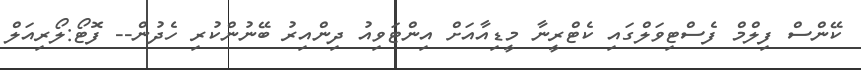
ކޭންސް ފިލްމް ފެސްޓިވަލްގައި ކެޓްރީނާ މީޑިއާއަށް އިންޓަވިއު ދިންއިރު ބޭނުންކުރި ހެދުން-- ފޮޓޯ:ލޯރިއަލް